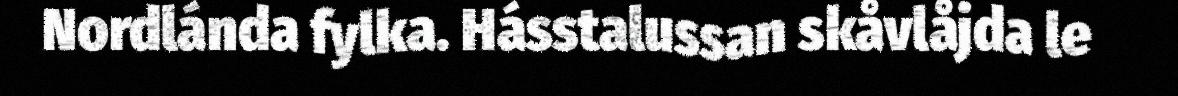
Nordlánda fylka. Hásstalussan skåvlåjda le